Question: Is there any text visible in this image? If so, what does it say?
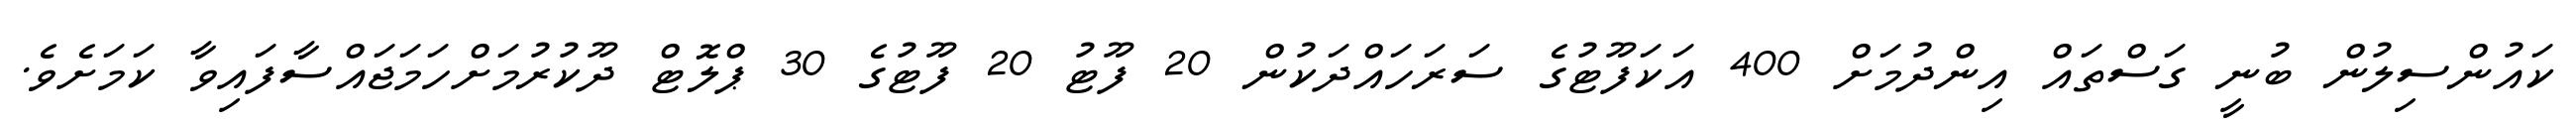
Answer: ކައުންސިލުން ބުނީ ގަސްތައް އިންދުމަށް 400 އަކަފޫޓުގެ ސަރަހައްދަކުން 20 ފޫޓު 20 ފޫޓުގެ 30 ޕްލޮޓް ދޫކުރުމަށްހަމަޖައްސާފައިވާ ކަމަށެވެ.